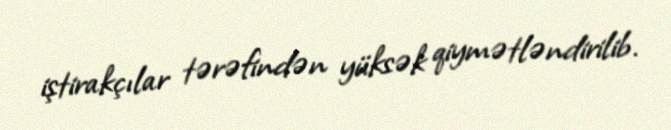
iştirakçılar tərəfindən yüksək qiymətləndirilib.